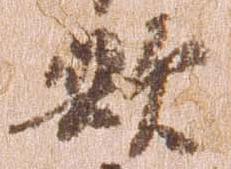
歟